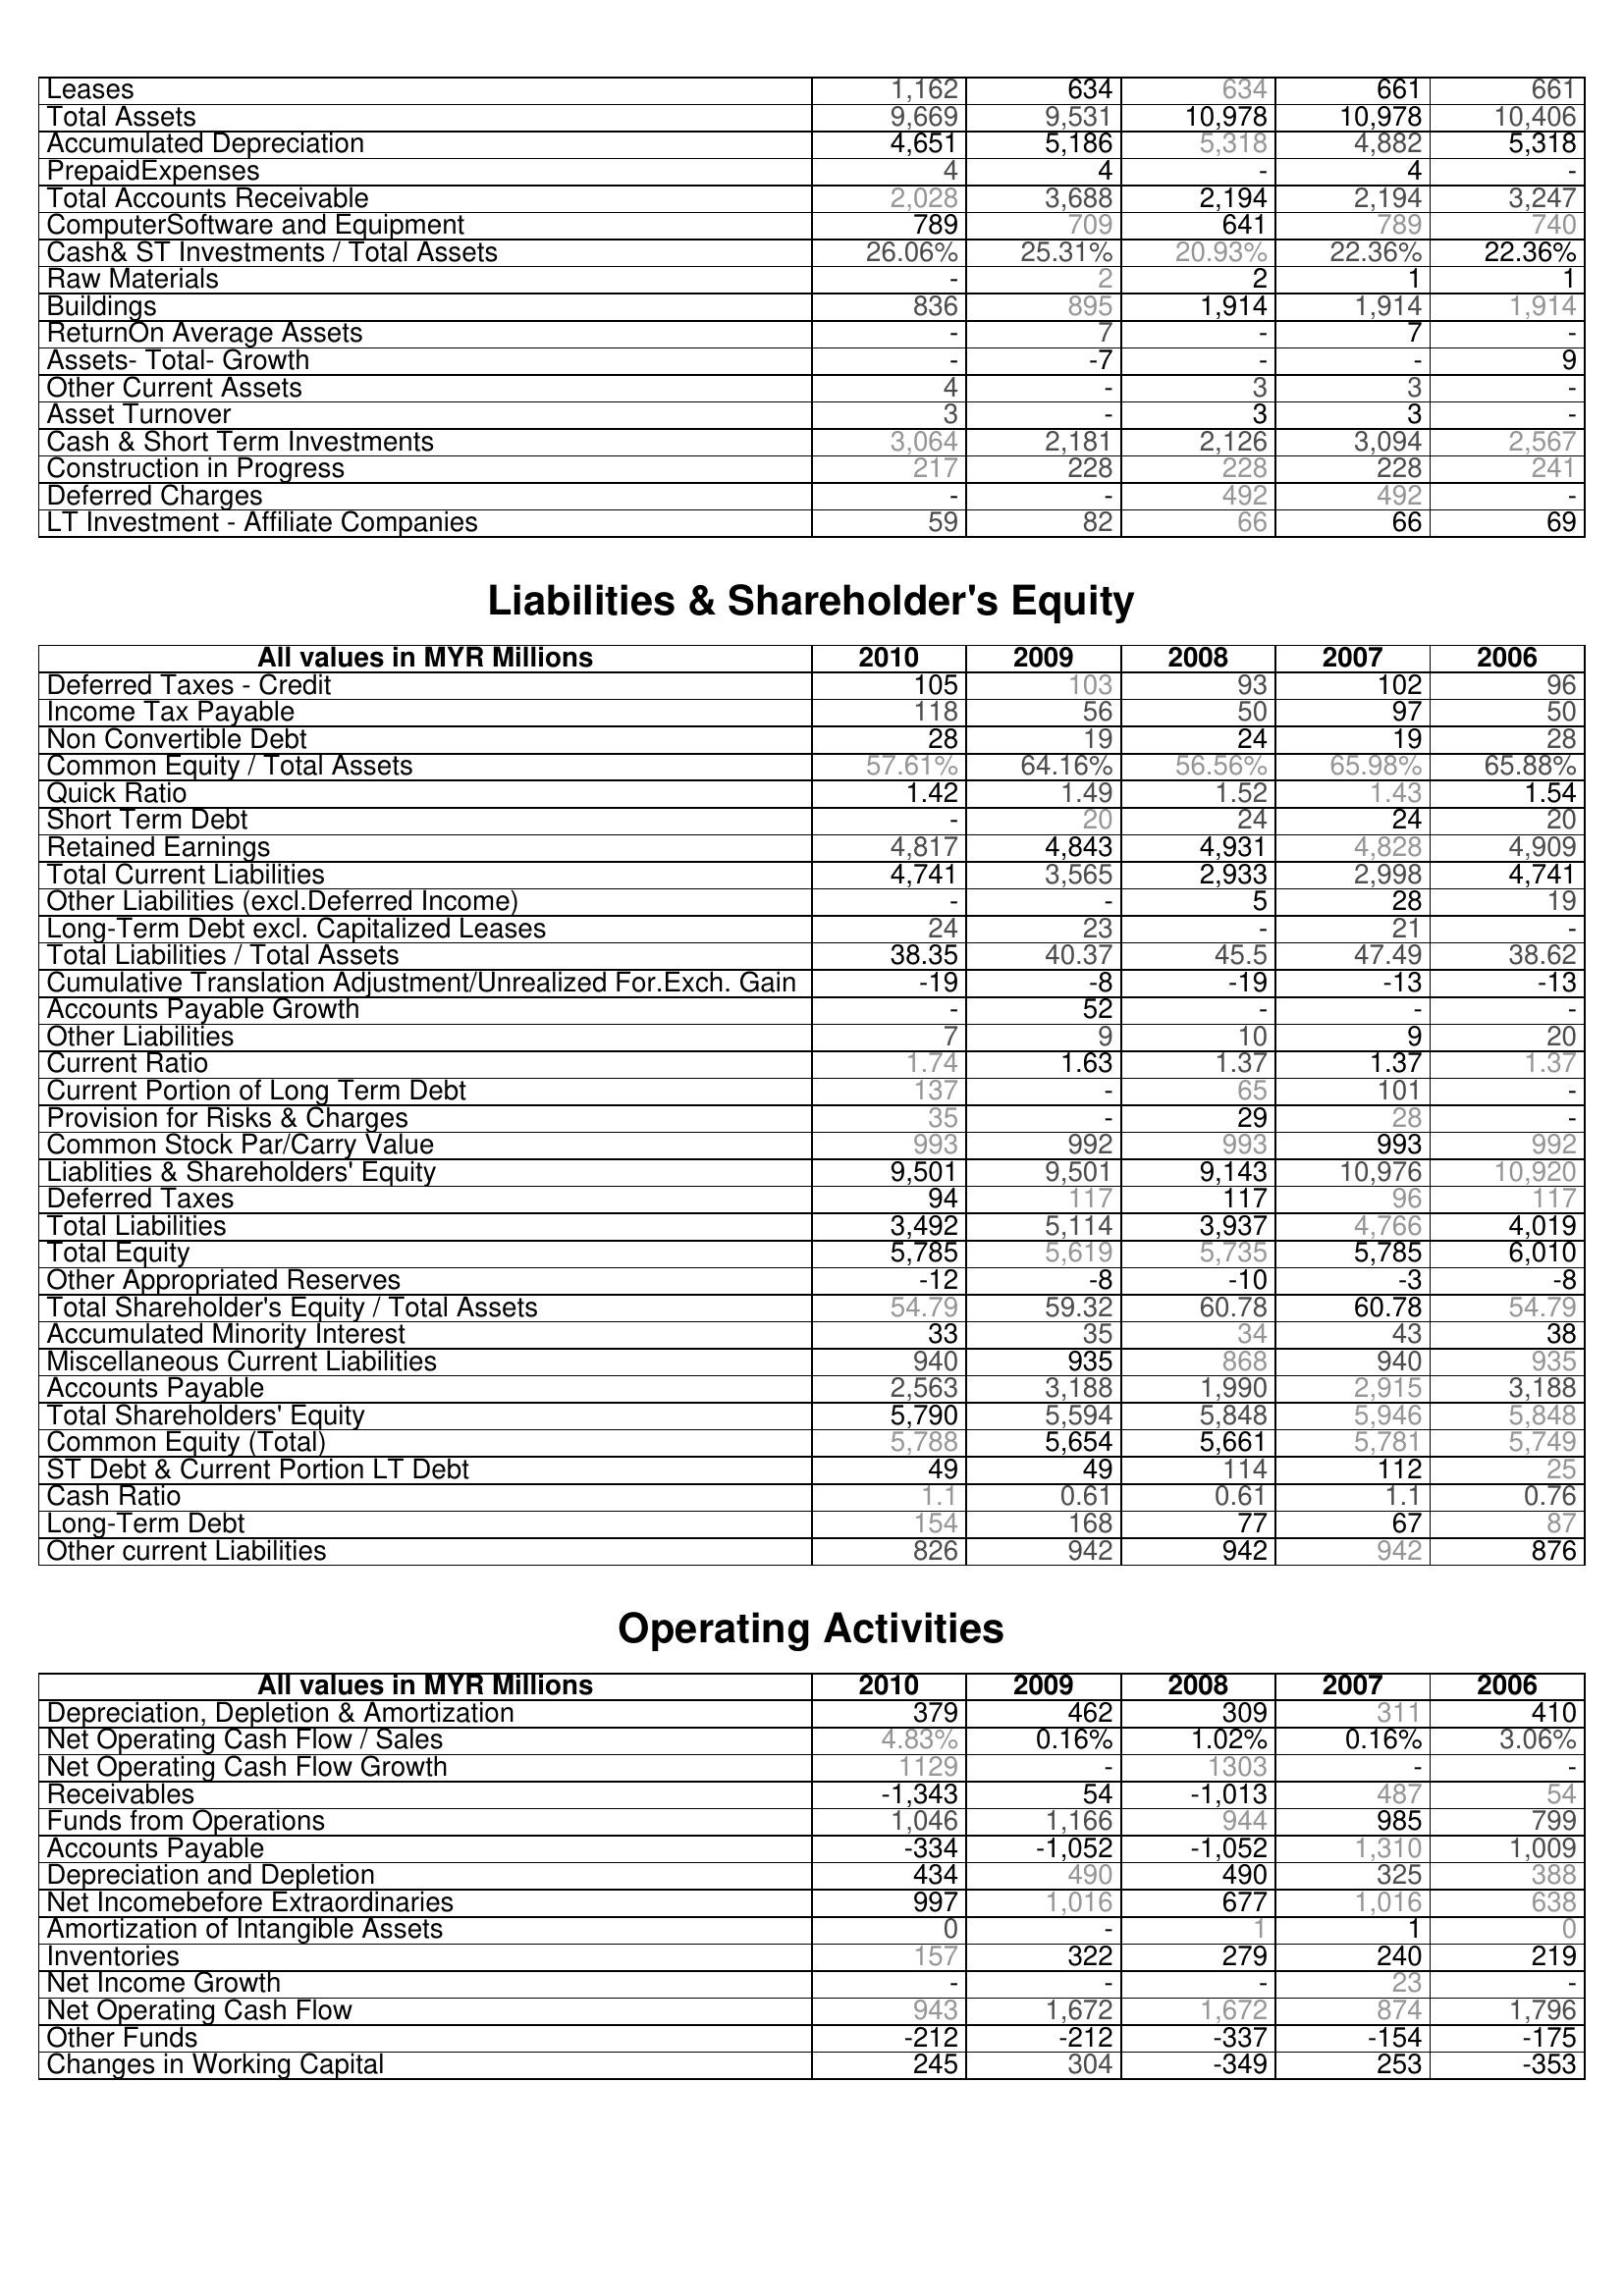
2010: Assets: Leases: 1,162
Total Assets: 9,669
Accumulated Depreciation: 4,651
PrepaidExpenses: 4
Total Accounts Receivable: 2,028
ComputerSoftware and Equipment: 789
Cash& ST Investments / Total Assets: 26.06%
Raw Materials: -
Buildings: 836
ReturnOn Average Assets: -
Assets- Total- Growth: -
Other Current Assets: 4
Asset Turnover: 3
Cash & Short Term Investments: 3,064
Construction in Progress: 217
Deferred Charges: -
LT Investment - Affiliate Companies: 59
Liabilities & Shareholder's Equity: Deferred Taxes - Credit: 105
Income Tax Payable: 118
Non Convertible Debt: 28
Common Equity / Total Assets: 57.61%
Quick Ratio: 1.42
Short Term Debt: -
Retained Earnings: 4,817
Total Current Liabilities: 4,741
Other Liabilities (excl.Deferred Income): -
Long-Term Debt excl. Capitalized Leases: 24
Total Liabilities / Total Assets: 38.35
Cumulative Translation Adjustment/Unrealized For.Exch. Gain: -19
Accounts Payable Growth: -
Other Liabilities: 7
Current Ratio: 1.74
Current Portion of Long Term Debt: 137
Provision for Risks & Charges: 35
Common Stock Par/Carry Value: 993
Liablities & Shareholders' Equity: 9,501
Deferred Taxes: 94
Total Liabilities: 3,492
Total Equity: 5,785
Other Appropriated Reserves: -12
Total Shareholder's Equity / Total Assets: 54.79
Accumulated Minority Interest: 33
Miscellaneous Current Liabilities: 940
Accounts Payable: 2,563
Total Shareholders' Equity: 5,790
Common Equity (Total): 5,788
ST Debt & Current Portion LT Debt: 49
Cash Ratio: 1.1
Long-Term Debt: 154
Other current Liabilities: 826
Operating Activities: Depreciation, Depletion & Amortization: 379
Net Operating Cash Flow / Sales: 4.83%
Net Operating Cash Flow Growth: 1129
Receivables: -1,343
Funds from Operations: 1,046
Accounts Payable: -334
Depreciation and Depletion: 434
Net Incomebefore Extraordinaries: 997
Amortization of Intangible Assets: 0
Inventories: 157
Net Income Growth: -
Net Operating Cash Flow: 943
Other Funds: -212
Changes in Working Capital: 245
2009: Assets: Leases: 634
Total Assets: 9,531
Accumulated Depreciation: 5,186
PrepaidExpenses: 4
Total Accounts Receivable: 3,688
ComputerSoftware and Equipment: 709
Cash& ST Investments / Total Assets: 25.31%
Raw Materials: 2
Buildings: 895
ReturnOn Average Assets: 7
Assets- Total- Growth: -7
Other Current Assets: -
Asset Turnover: -
Cash & Short Term Investments: 2,181
Construction in Progress: 228
Deferred Charges: -
LT Investment - Affiliate Companies: 82
Liabilities & Shareholder's Equity: Deferred Taxes - Credit: 103
Income Tax Payable: 56
Non Convertible Debt: 19
Common Equity / Total Assets: 64.16%
Quick Ratio: 1.49
Short Term Debt: 20
Retained Earnings: 4,843
Total Current Liabilities: 3,565
Other Liabilities (excl.Deferred Income): -
Long-Term Debt excl. Capitalized Leases: 23
Total Liabilities / Total Assets: 40.37
Cumulative Translation Adjustment/Unrealized For.Exch. Gain: -8
Accounts Payable Growth: 52
Other Liabilities: 9
Current Ratio: 1.63
Current Portion of Long Term Debt: -
Provision for Risks & Charges: -
Common Stock Par/Carry Value: 992
Liablities & Shareholders' Equity: 9,501
Deferred Taxes: 117
Total Liabilities: 5,114
Total Equity: 5,619
Other Appropriated Reserves: -8
Total Shareholder's Equity / Total Assets: 59.32
Accumulated Minority Interest: 35
Miscellaneous Current Liabilities: 935
Accounts Payable: 3,188
Total Shareholders' Equity: 5,594
Common Equity (Total): 5,654
ST Debt & Current Portion LT Debt: 49
Cash Ratio: 0.61
Long-Term Debt: 168
Other current Liabilities: 942
Operating Activities: Depreciation, Depletion & Amortization: 462
Net Operating Cash Flow / Sales: 0.16%
Net Operating Cash Flow Growth: -
Receivables: 54
Funds from Operations: 1,166
Accounts Payable: -1,052
Depreciation and Depletion: 490
Net Incomebefore Extraordinaries: 1,016
Amortization of Intangible Assets: -
Inventories: 322
Net Income Growth: -
Net Operating Cash Flow: 1,672
Other Funds: -212
Changes in Working Capital: 304
2008: Assets: Leases: 634
Total Assets: 10,978
Accumulated Depreciation: 5,318
PrepaidExpenses: -
Total Accounts Receivable: 2,194
ComputerSoftware and Equipment: 641
Cash& ST Investments / Total Assets: 20.93%
Raw Materials: 2
Buildings: 1,914
ReturnOn Average Assets: -
Assets- Total- Growth: -
Other Current Assets: 3
Asset Turnover: 3
Cash & Short Term Investments: 2,126
Construction in Progress: 228
Deferred Charges: 492
LT Investment - Affiliate Companies: 66
Liabilities & Shareholder's Equity: Deferred Taxes - Credit: 93
Income Tax Payable: 50
Non Convertible Debt: 24
Common Equity / Total Assets: 56.56%
Quick Ratio: 1.52
Short Term Debt: 24
Retained Earnings: 4,931
Total Current Liabilities: 2,933
Other Liabilities (excl.Deferred Income): 5
Long-Term Debt excl. Capitalized Leases: -
Total Liabilities / Total Assets: 45.5
Cumulative Translation Adjustment/Unrealized For.Exch. Gain: -19
Accounts Payable Growth: -
Other Liabilities: 10
Current Ratio: 1.37
Current Portion of Long Term Debt: 65
Provision for Risks & Charges: 29
Common Stock Par/Carry Value: 993
Liablities & Shareholders' Equity: 9,143
Deferred Taxes: 117
Total Liabilities: 3,937
Total Equity: 5,735
Other Appropriated Reserves: -10
Total Shareholder's Equity / Total Assets: 60.78
Accumulated Minority Interest: 34
Miscellaneous Current Liabilities: 868
Accounts Payable: 1,990
Total Shareholders' Equity: 5,848
Common Equity (Total): 5,661
ST Debt & Current Portion LT Debt: 114
Cash Ratio: 0.61
Long-Term Debt: 77
Other current Liabilities: 942
Operating Activities: Depreciation, Depletion & Amortization: 309
Net Operating Cash Flow / Sales: 1.02%
Net Operating Cash Flow Growth: 1303
Receivables: -1,013
Funds from Operations: 944
Accounts Payable: -1,052
Depreciation and Depletion: 490
Net Incomebefore Extraordinaries: 677
Amortization of Intangible Assets: 1
Inventories: 279
Net Income Growth: -
Net Operating Cash Flow: 1,672
Other Funds: -337
Changes in Working Capital: -349
2007: Assets: Leases: 661
Total Assets: 10,978
Accumulated Depreciation: 4,882
PrepaidExpenses: 4
Total Accounts Receivable: 2,194
ComputerSoftware and Equipment: 789
Cash& ST Investments / Total Assets: 22.36%
Raw Materials: 1
Buildings: 1,914
ReturnOn Average Assets: 7
Assets- Total- Growth: -
Other Current Assets: 3
Asset Turnover: 3
Cash & Short Term Investments: 3,094
Construction in Progress: 228
Deferred Charges: 492
LT Investment - Affiliate Companies: 66
Liabilities & Shareholder's Equity: Deferred Taxes - Credit: 102
Income Tax Payable: 97
Non Convertible Debt: 19
Common Equity / Total Assets: 65.98%
Quick Ratio: 1.43
Short Term Debt: 24
Retained Earnings: 4,828
Total Current Liabilities: 2,998
Other Liabilities (excl.Deferred Income): 28
Long-Term Debt excl. Capitalized Leases: 21
Total Liabilities / Total Assets: 47.49
Cumulative Translation Adjustment/Unrealized For.Exch. Gain: -13
Accounts Payable Growth: -
Other Liabilities: 9
Current Ratio: 1.37
Current Portion of Long Term Debt: 101
Provision for Risks & Charges: 28
Common Stock Par/Carry Value: 993
Liablities & Shareholders' Equity: 10,976
Deferred Taxes: 96
Total Liabilities: 4,766
Total Equity: 5,785
Other Appropriated Reserves: -3
Total Shareholder's Equity / Total Assets: 60.78
Accumulated Minority Interest: 43
Miscellaneous Current Liabilities: 940
Accounts Payable: 2,915
Total Shareholders' Equity: 5,946
Common Equity (Total): 5,781
ST Debt & Current Portion LT Debt: 112
Cash Ratio: 1.1
Long-Term Debt: 67
Other current Liabilities: 942
Operating Activities: Depreciation, Depletion & Amortization: 311
Net Operating Cash Flow / Sales: 0.16%
Net Operating Cash Flow Growth: -
Receivables: 487
Funds from Operations: 985
Accounts Payable: 1,310
Depreciation and Depletion: 325
Net Incomebefore Extraordinaries: 1,016
Amortization of Intangible Assets: 1
Inventories: 240
Net Income Growth: 23
Net Operating Cash Flow: 874
Other Funds: -154
Changes in Working Capital: 253
2006: Assets: Leases: 661
Total Assets: 10,406
Accumulated Depreciation: 5,318
PrepaidExpenses: -
Total Accounts Receivable: 3,247
ComputerSoftware and Equipment: 740
Cash& ST Investments / Total Assets: 22.36%
Raw Materials: 1
Buildings: 1,914
ReturnOn Average Assets: -
Assets- Total- Growth: 9
Other Current Assets: -
Asset Turnover: -
Cash & Short Term Investments: 2,567
Construction in Progress: 241
Deferred Charges: -
LT Investment - Affiliate Companies: 69
Liabilities & Shareholder's Equity: Deferred Taxes - Credit: 96
Income Tax Payable: 50
Non Convertible Debt: 28
Common Equity / Total Assets: 65.88%
Quick Ratio: 1.54
Short Term Debt: 20
Retained Earnings: 4,909
Total Current Liabilities: 4,741
Other Liabilities (excl.Deferred Income): 19
Long-Term Debt excl. Capitalized Leases: -
Total Liabilities / Total Assets: 38.62
Cumulative Translation Adjustment/Unrealized For.Exch. Gain: -13
Accounts Payable Growth: -
Other Liabilities: 20
Current Ratio: 1.37
Current Portion of Long Term Debt: -
Provision for Risks & Charges: -
Common Stock Par/Carry Value: 992
Liablities & Shareholders' Equity: 10,920
Deferred Taxes: 117
Total Liabilities: 4,019
Total Equity: 6,010
Other Appropriated Reserves: -8
Total Shareholder's Equity / Total Assets: 54.79
Accumulated Minority Interest: 38
Miscellaneous Current Liabilities: 935
Accounts Payable: 3,188
Total Shareholders' Equity: 5,848
Common Equity (Total): 5,749
ST Debt & Current Portion LT Debt: 25
Cash Ratio: 0.76
Long-Term Debt: 87
Other current Liabilities: 876
Operating Activities: Depreciation, Depletion & Amortization: 410
Net Operating Cash Flow / Sales: 3.06%
Net Operating Cash Flow Growth: -
Receivables: 54
Funds from Operations: 799
Accounts Payable: 1,009
Depreciation and Depletion: 388
Net Incomebefore Extraordinaries: 638
Amortization of Intangible Assets: 0
Inventories: 219
Net Income Growth: -
Net Operating Cash Flow: 1,796
Other Funds: -175
Changes in Working Capital: -353